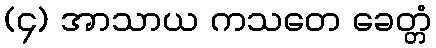
(၄) အာသာယ ကသတေ ခေတ္တံ